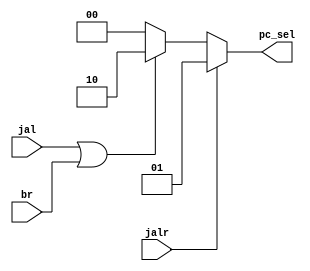
`timescale 1ns / 1ps

module Encoder(
	input jal,jalr,br,
	output reg [1:0] pc_sel
    );

always @(*)
begin
	if (jalr) pc_sel = 2'b01;
	else if (jal || br) pc_sel = 2'b10;
	else pc_sel = 2'b00;
end

endmodule